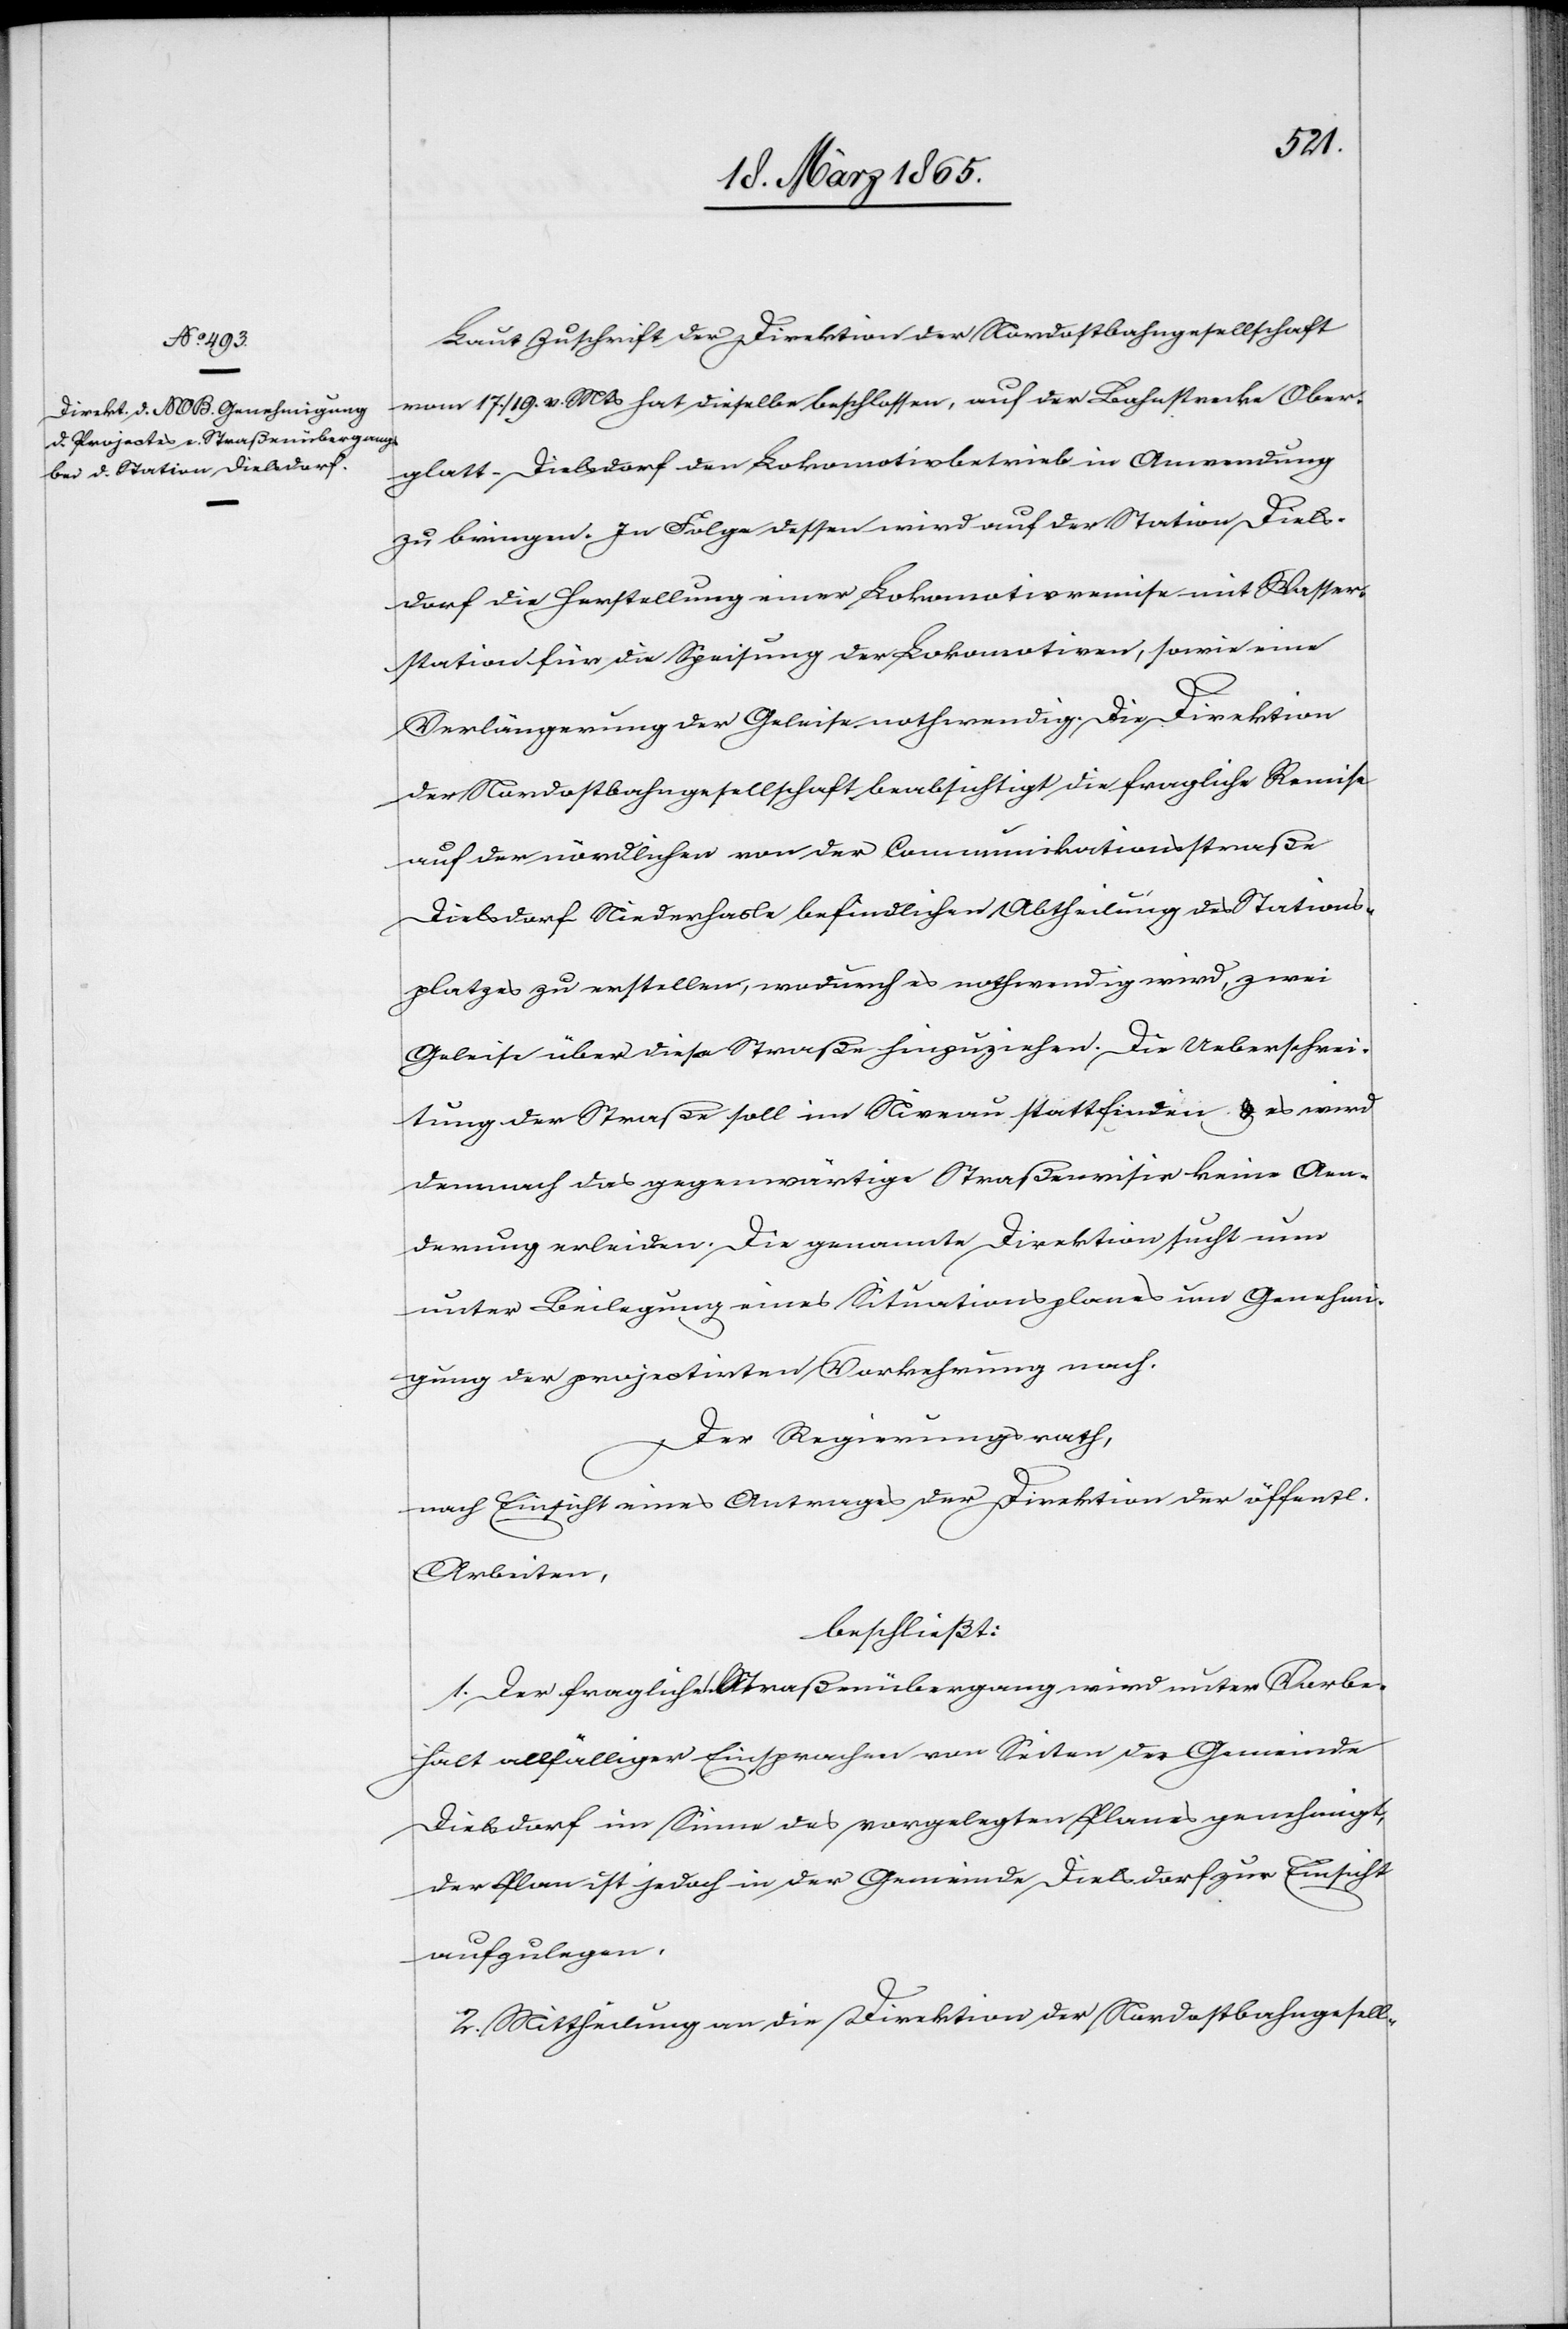
Laut Zuschrift der Direktion der Nordostbahngesellschaft
vom 17./19. v. Mts hat dieselbe beschlossen, auf der Bahnstrecke Ober¬
glatt-Dielsdorf den Lokomotivbetrieb in Anwendung
zu bringen. In Folge dessen wird auf der Station Diels¬
dorf die Herstellung einer Lokomotivremise mit Wasser¬
station für die Speisung der Lokomotiven, sowie eine
Verlängerung der Geleise nothwendig. Die Direktion
der Nordostbahngesellschaft beabsichtigt die fragliche Remise
auf der nördlichen von der Communikationsstraße
Dielsdorf Niederhasle befindlichen Abtheilung des Stations¬
platzes zu erstellen, wodurch es nothwendig wird, zwei
Geleise über diese Straße hinzuziehen. Die Ueberschrei¬
tung der Straße soll im Niveau stattfinden & es wird
demnach das gegenwärtige Straßenvisir keine Aen¬
derung erleiden. Die genannte Direktion sucht nun
unter Beilegung eines Situationsplanes um Genehmi¬
gung der projectirten Vorkehrung nach.
Der Regierungsrath,
nach Einsicht eines Antrages der Direktion der öffentl.
Arbeiten,
beschließt:
1. Der fragliche Straßenübergang wird unter Vorbe¬
halt allfälliger Einsprachen von Seiten der Gemeinde
Dielsdorf im Sinne des vorgelegten Planes genehmigt,
der Plan ist jedoch in der Gemeinde Dielsdorf zur Einsicht
aufzulegen.
2. Mittheilung an die Direktion der Nordostbahngesell-